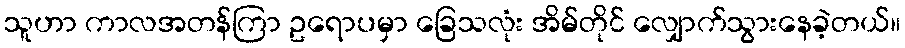
သူဟာ ကာလအတန်ကြာ ဥရောပမှာ ခြေသလုံး အိမ်တိုင် လျှောက်သွားနေခဲ့တယ်။